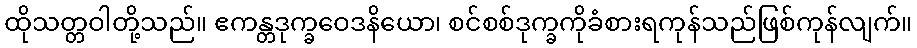
ထိုသတ္တဝါတို့သည်။ ဧကန္တဒုက္ခဝေဒနိယော၊ စင်စစ်ဒုက္ခကိုခံစားရကုန်သည်ဖြစ်ကုန်လျက်။